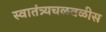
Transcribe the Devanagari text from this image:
स्वातंत्र्यचळवळीस